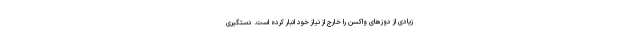
زیادی از دوزهای واکسن را خارج از نیاز خود انبار کرده است. دستگیری